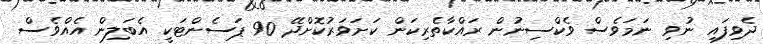
ދެވިފައި ނުވި ނަމަވެސް ވެކްސިނުން ރައްކާތެރިކަން ކަށަވަރުކޮށްދޭ 90 ޕަސެންޓަކީ އެބަލިން އެއްވެސް